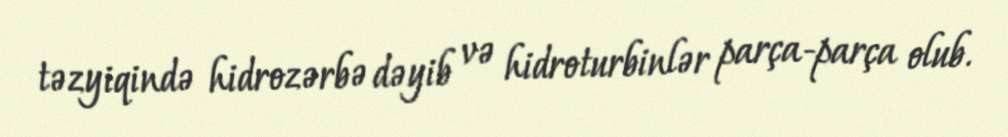
təzyiqində hidrozərbə dəyib və hidroturbinlər parça-parça olub.